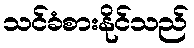
သင်ခံစားနိုင်သည်